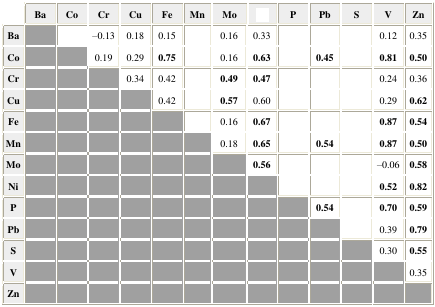
<table><thead><tr><td>[EMPTY_CELL]</td><td><b>Ba</b></td><td><b>Co</b></td><td><b>Cr</b></td><td><b>Cu</b></td><td><b>Fe</b></td><td><b>Mn</b></td><td><b>Mo</b></td><td>[EMPTY_CELL]</td><td><b>P</b></td><td><b>Pb</b></td><td><b>S</b></td><td><b>V</b></td><td><b>Zn </b></td></tr></thead><tbody><tr><td><b>Ba</b></td><td>[EMPTY_CELL]</td><td>[EMPTY_CELL]</td><td><b>–</b>0.13</td><td>0.18</td><td>0.15</td><td>[EMPTY_CELL]</td><td>0.16</td><td>0.33</td><td>[EMPTY_CELL]</td><td>[EMPTY_CELL]</td><td>[EMPTY_CELL]</td><td>0.12</td><td>0.35</td></tr><tr><td><b>Co</b></td><td>[EMPTY_CELL]</td><td>[EMPTY_CELL]</td><td>0.19</td><td>0.29</td><td><b>0.75</b></td><td>[EMPTY_CELL]</td><td>0.16</td><td><b>0.63</b></td><td>[EMPTY_CELL]</td><td><b>0.45</b></td><td>[EMPTY_CELL]</td><td><b>0.81</b></td><td><b>0.50</b></td></tr><tr><td><b>Cr</b></td><td>[EMPTY_CELL]</td><td>[EMPTY_CELL]</td><td>[EMPTY_CELL]</td><td>0.34</td><td>0.42</td><td>[EMPTY_CELL]</td><td><b>0.49</b></td><td><b>0.47</b></td><td>[EMPTY_CELL]</td><td>[EMPTY_CELL]</td><td>[EMPTY_CELL]</td><td>0.24</td><td>0.36</td></tr><tr><td><b>Cu</b></td><td>[EMPTY_CELL]</td><td>[EMPTY_CELL]</td><td>[EMPTY_CELL]</td><td>[EMPTY_CELL]</td><td>0.42</td><td>[EMPTY_CELL]</td><td><b>0.57</b></td><td>0.60</td><td>[EMPTY_CELL]</td><td>[EMPTY_CELL]</td><td>[EMPTY_CELL]</td><td>0.29</td><td><b>0.62</b></td></tr><tr><td><b>Fe</b></td><td>[EMPTY_CELL]</td><td>[EMPTY_CELL]</td><td>[EMPTY_CELL]</td><td>[EMPTY_CELL]</td><td>[EMPTY_CELL]</td><td>[EMPTY_CELL]</td><td>0.16</td><td><b>0.67</b></td><td>[EMPTY_CELL]</td><td>[EMPTY_CELL]</td><td>[EMPTY_CELL]</td><td><b>0.87</b></td><td><b>0.54</b></td></tr><tr><td><b>Mn</b></td><td>[EMPTY_CELL]</td><td>[EMPTY_CELL]</td><td>[EMPTY_CELL]</td><td>[EMPTY_CELL]</td><td>[EMPTY_CELL]</td><td>[EMPTY_CELL]</td><td>0.18</td><td><b>0.65</b></td><td>[EMPTY_CELL]</td><td><b>0.54</b></td><td>[EMPTY_CELL]</td><td><b>0.87</b></td><td><b>0.50</b></td></tr><tr><td><b>Mo</b></td><td>[EMPTY_CELL]</td><td>[EMPTY_CELL]</td><td>[EMPTY_CELL]</td><td>[EMPTY_CELL]</td><td>[EMPTY_CELL]</td><td>[EMPTY_CELL]</td><td>[EMPTY_CELL]</td><td><b>0.56</b></td><td>[EMPTY_CELL]</td><td>[EMPTY_CELL]</td><td>[EMPTY_CELL]</td><td><b>–</b>0.06</td><td><b>0.58</b></td></tr><tr><td><b>Ni</b></td><td>[EMPTY_CELL]</td><td>[EMPTY_CELL]</td><td>[EMPTY_CELL]</td><td>[EMPTY_CELL]</td><td>[EMPTY_CELL]</td><td>[EMPTY_CELL]</td><td>[EMPTY_CELL]</td><td>[EMPTY_CELL]</td><td>[EMPTY_CELL]</td><td>[EMPTY_CELL]</td><td>[EMPTY_CELL]</td><td><b>0.52</b></td><td><b>0.82</b></td></tr><tr><td><b>P</b></td><td>[EMPTY_CELL]</td><td>[EMPTY_CELL]</td><td>[EMPTY_CELL]</td><td>[EMPTY_CELL]</td><td>[EMPTY_CELL]</td><td>[EMPTY_CELL]</td><td>[EMPTY_CELL]</td><td>[EMPTY_CELL]</td><td>[EMPTY_CELL]</td><td><b>0.54</b></td><td>[EMPTY_CELL]</td><td><b>0.70</b></td><td><b>0.59</b></td></tr><tr><td><b>Pb</b></td><td>[EMPTY_CELL]</td><td>[EMPTY_CELL]</td><td>[EMPTY_CELL]</td><td>[EMPTY_CELL]</td><td>[EMPTY_CELL]</td><td>[EMPTY_CELL]</td><td>[EMPTY_CELL]</td><td>[EMPTY_CELL]</td><td>[EMPTY_CELL]</td><td>[EMPTY_CELL]</td><td>[EMPTY_CELL]</td><td>0.39</td><td><b>0.79</b></td></tr><tr><td><b>S</b></td><td>[EMPTY_CELL]</td><td>[EMPTY_CELL]</td><td>[EMPTY_CELL]</td><td>[EMPTY_CELL]</td><td>[EMPTY_CELL]</td><td>[EMPTY_CELL]</td><td>[EMPTY_CELL]</td><td>[EMPTY_CELL]</td><td>[EMPTY_CELL]</td><td>[EMPTY_CELL]</td><td>[EMPTY_CELL]</td><td>0.30</td><td><b>0.55</b></td></tr><tr><td><b>V</b></td><td>[EMPTY_CELL]</td><td>[EMPTY_CELL]</td><td>[EMPTY_CELL]</td><td>[EMPTY_CELL]</td><td>[EMPTY_CELL]</td><td>[EMPTY_CELL]</td><td>[EMPTY_CELL]</td><td>[EMPTY_CELL]</td><td>[EMPTY_CELL]</td><td>[EMPTY_CELL]</td><td>[EMPTY_CELL]</td><td>[EMPTY_CELL]</td><td>0.35</td></tr><tr><td><b>Zn</b></td><td>[EMPTY_CELL]</td><td>[EMPTY_CELL]</td><td>[EMPTY_CELL]</td><td>[EMPTY_CELL]</td><td>[EMPTY_CELL]</td><td>[EMPTY_CELL]</td><td>[EMPTY_CELL]</td><td>[EMPTY_CELL]</td><td>[EMPTY_CELL]</td><td>[EMPTY_CELL]</td><td>[EMPTY_CELL]</td><td>[EMPTY_CELL]</td><td>[EMPTY_CELL]</td></tr></tbody></table>